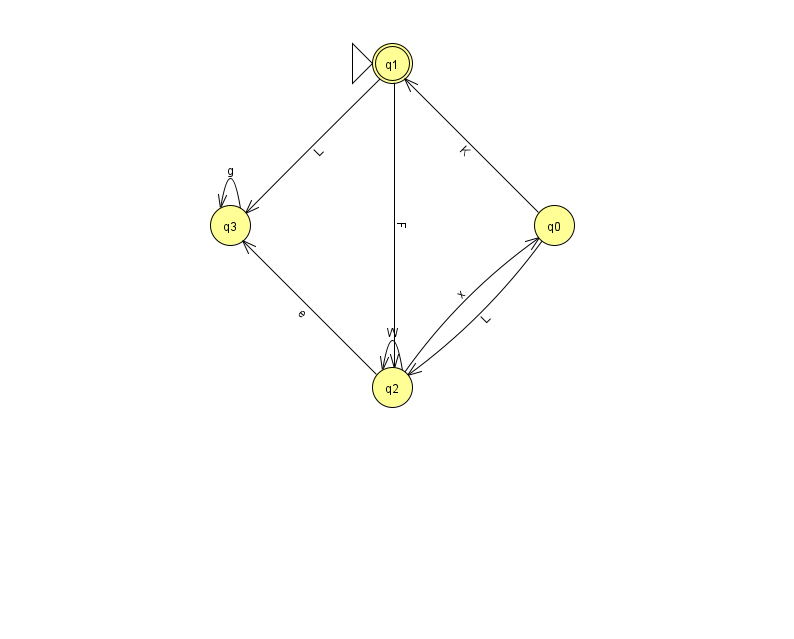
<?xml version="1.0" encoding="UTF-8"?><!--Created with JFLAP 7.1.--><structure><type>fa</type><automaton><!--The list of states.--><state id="0" name="q0"><x>554.0</x><y>212.0</y></state><state id="1" name="q1"><x>392.0</x><y>50.0</y><initial/><final/></state><state id="2" name="q2"><x>392.0</x><y>374.0</y></state><state id="3" name="q3"><x>230.0</x><y>212.0</y></state><!--The list of transitions.--><transition><from>0</from><to>1</to><read>K</read></transition><transition><from>2</from><to>0</to><read>x</read></transition><transition><from>1</from><to>3</to><read>L</read></transition><transition><from>1</from><to>2</to><read>F</read></transition><transition><from>0</from><to>2</to><read>L</read></transition><transition><from>2</from><to>2</to><read>W</read></transition><transition><from>3</from><to>3</to><read>g</read></transition><transition><from>2</from><to>3</to><read>e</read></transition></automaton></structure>